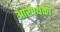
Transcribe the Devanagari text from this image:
आरण्यका